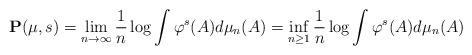
LaTeX: \begin{align*}\mathbf{P}(\mu,s)=\lim_{n \to \infty} \frac{1}{n}\log \int \varphi^s(A)d\mu_n(A)=\inf_{n \geq 1} \frac{1}{n}\log \int \varphi^s(A)d\mu_n(A)\end{align*}